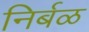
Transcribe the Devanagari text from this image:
निर्बळ